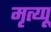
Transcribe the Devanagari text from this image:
मृत्य्पू